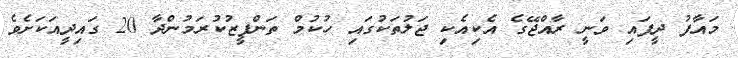
މައާފު ދީފައި ވަނީ ރާއްޖޭގެ އެކިއެކި ޖަލުތަކުގައި ހުކުމް ތަންފީޒުކުރަމުންދާ 20 ގައިދީއަކަށެވެ